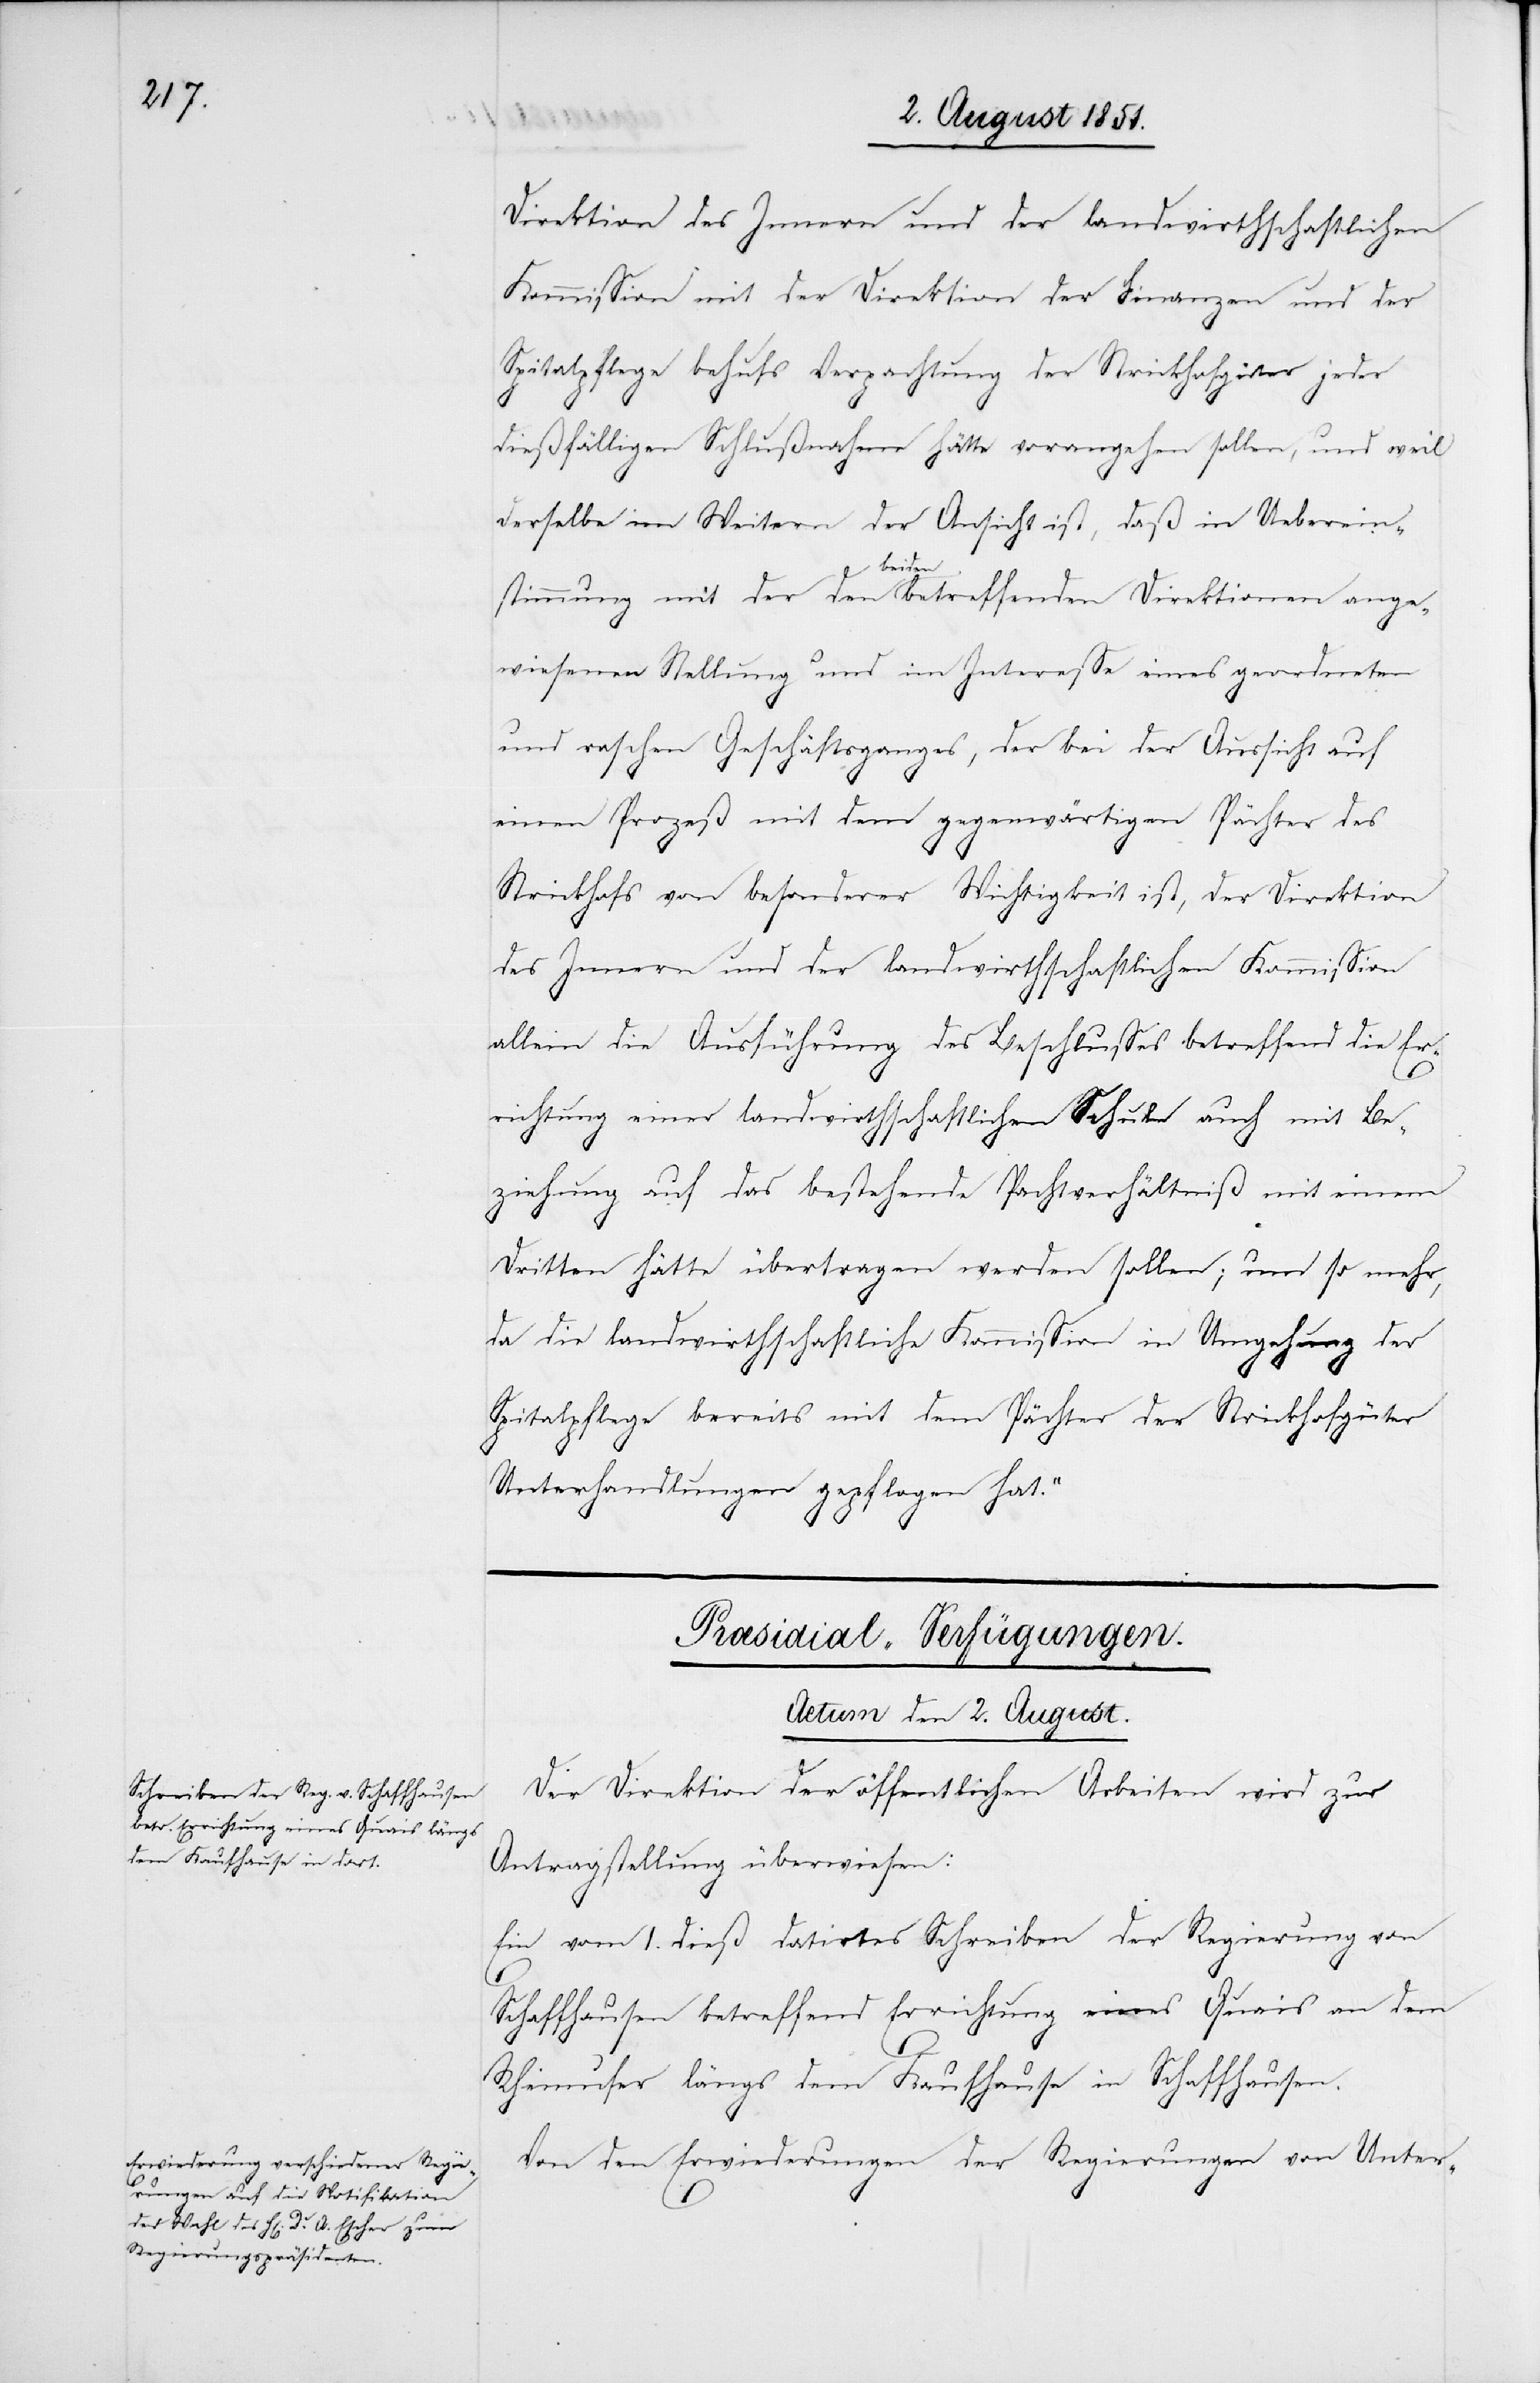
Direktion des Innern und der landwirthschaftlichen
Kommission mit der Direktion der Finanzen und der
Spitalpflege behufs Verpachtung der Strickhofgüter jeder
dießfälligen Schlußnahme hätte vorangehen sollen, und weil
derselbe im Weitern der Ansicht ist, daß in Ueberein¬
stimmung mit der den beiden betreffenden Direktionen ange¬
wiesenen Stellung und im Interesse eines geordneten
und raschen Geschäftsganges, der bei der Aussicht auf
einen Prozeß mit dem gegenwärtigen Pächter des
Strickhofs von besonderer Wichtigkeit ist, der Direktion
des Innern und der landwirthschaftlichen Kommission
allein die Ausführung des Beschlusses betreffend die Er¬
richtung einer landwirthschaftlichen Schule auch mit Be¬
ziehung auf das bestehende Pachtverhältniß mit einem
Dritten hätte übertragen werden sollen; um so mehr,
da die landwirthschaftliche Kommission in Umgehung der
Spitalpflege bereits mit dem Pächter der Strickhofgüter
Unterhandlungen gepflogen hat.“
[Præsidial-Verfügungen.
Actum den 2. August.]
Der Direktion der öffentlichen Arbeiten wird zur
Antragstellung überwiesen:
Ein vom 1. dieß datirtes Schreiben der Regierung von
Schaffhausen betreffend Errichtung eines Quais an dem
Rheinufer längs dem Kaufhause in Schaffhausen.
Von den Erwiederungen der Regierungen von Unter-